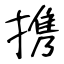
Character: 携